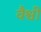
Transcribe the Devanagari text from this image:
वैश्वी